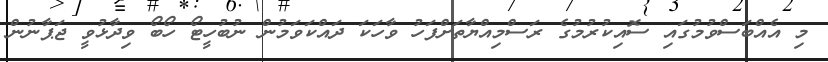
މި އެއްބަސްވުމުގައި ސޮއިކުރުމުގެ ރަސްމިއްޔާތަށްފަހު ވާހަކަ ދައްކަވަމުން ނުބުހީޓޯ ހޯބޯ ވިދާޅުވީ ޖަޕާނުން